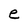
Character: e